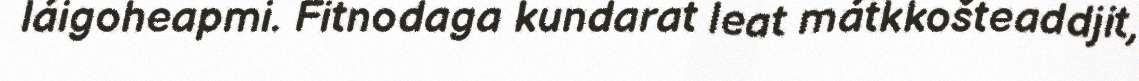
láigoheapmi. Fitnodaga kundarat leat mátkkošteaddjit,